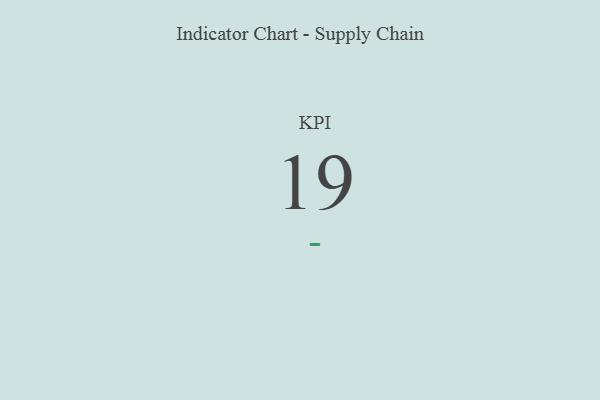
{"axis": {"x": "KPI", "y": "Value"}, "legend": [""], "data": [{"x": "KPI", "y": 19, "type": ""}]}